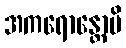
အကရောန္တောပိ